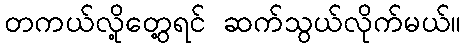
တကယ်လို့တွေ့ရင် ဆက်သွယ်လိုက်မယ်။